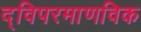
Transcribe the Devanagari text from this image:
द्विपरमाणविक